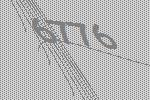
6776